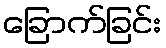
ခြောက်ခြင်း